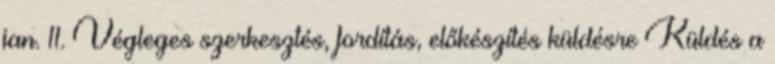
jan. 11. Végleges szerkesztés, fordítás, előkészítés küldésre Küldés a